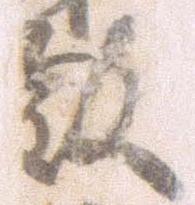
教